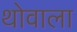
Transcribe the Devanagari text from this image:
थोवाला